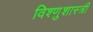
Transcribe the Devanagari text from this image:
विश्णुशास्त्री